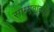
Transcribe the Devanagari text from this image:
साम्यवादाशी